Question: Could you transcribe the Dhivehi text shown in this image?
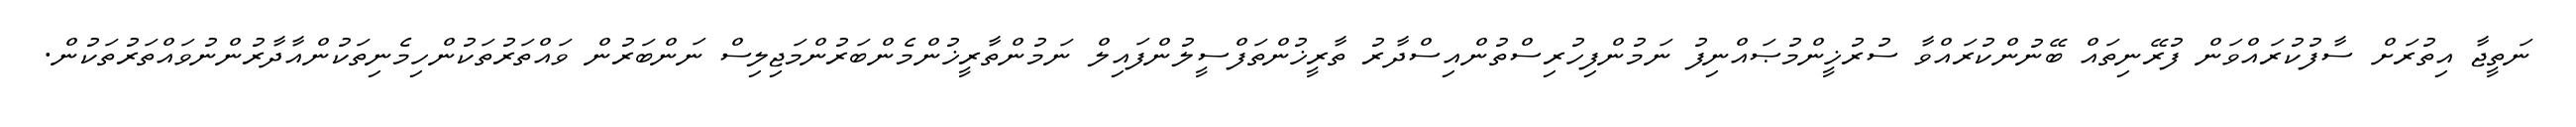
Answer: ނަތީޖާ އިތުރަށް ސާފުކުރައްވަން ފުރޭނިތައް ބޭނުންކުރައްވާ ސުރުޚީންމުޞައްނިފު ނަމުންފިހުރިސްތުންއިސްދާރު ތާރީޚުންތަފްސީލުންފައިލް ނަމުންތާރީޚުންމެންބަރުންމަޖިލިސް ނަންބަރުން ވައްތަރުތަކުންހިމެނިތަކުންއާދާރުންނުވައްތަރުތަކުން.